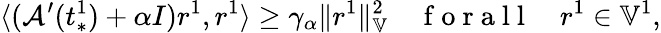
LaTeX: \langle(\mathcal{A}^{\prime}(t_{*}^{1})+\alpha I)r^{1},r^{1}\rangle\ge\gamma_{\alpha}\| r^{1}\| _{\mathbb{V}}^{2}\quad\mathrm{~f~o~r~a~l~l~}\quad r^{1}\in\mathbb{V}^{1},